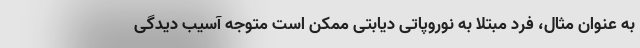
به عنوان مثال، فرد مبتلا به نوروپاتی دیابتی ممکن است متوجه آسیب دیدگی